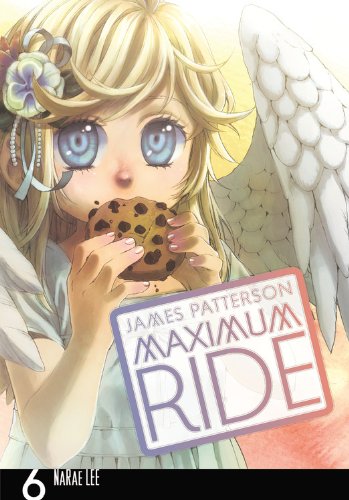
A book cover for Maximum Ride: The Manga, Vol. 6; James Patterson; Comics & Graphic Novels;